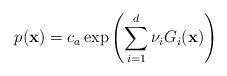
LaTeX: \begin{align*} p(\mathbf{x})=c_{a} \exp \left( \sum_{i=1}^{d} \nu_{i} G_{i}(\mathbf{x}) \right)\end{align*}